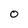
Character: 0